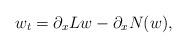
LaTeX: \begin{align*}w_t = \partial_x L w - \partial_x N(w),\end{align*}